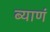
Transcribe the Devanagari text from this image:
ब्याणं